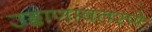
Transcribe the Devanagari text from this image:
उड्डाणावतरणे